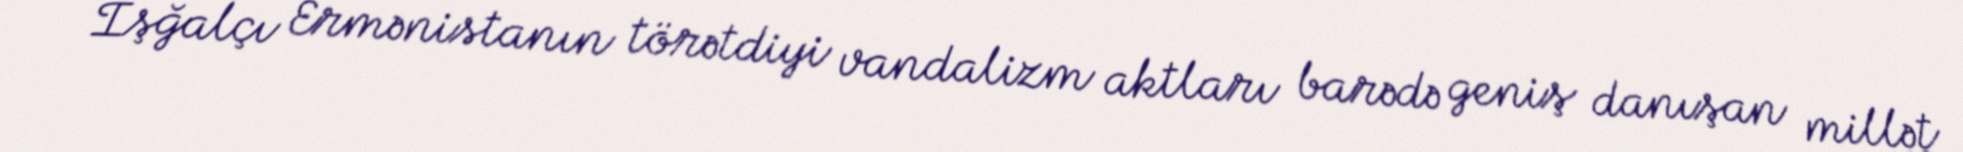
İşğalçı Ermənistanın törətdiyi vandalizm aktları barədə geniş danışan millət